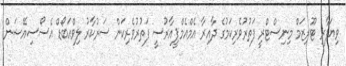
ވިޔަފާރި ޓޫރިޒަމް މިނިސްޓްރީ ފަތުރުވެރިކަމުގެ ދާއިރާ އެމްއެމްޕީއާރުސީ ފަތުރުވެރިކަން ސަރުކާރު ލިވްއަބޯޑް އެސޯސިއޭޝަން